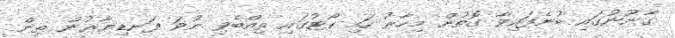
ގާނޫނުގައި ބުނެފައިވާ ގޮތުން މިހާރު ހައި ކޯޓުގައި ތިއްބެވި ނުވަ ފަނޑިޔާރުން ތިން